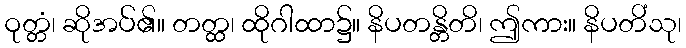
ဝုတ္တံ၊ ဆိုအပ်၏။ တတ္ထ၊ ထိုဂါထာ၌။ နိပတန္တိတိ၊ ဤကား။ နိပတိံသု၊